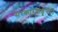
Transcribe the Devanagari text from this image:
सरकारकडूनही